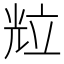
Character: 𱏦